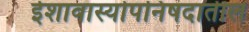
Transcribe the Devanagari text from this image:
ईशावास्योपनिषदातील